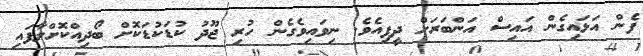
ފެން އަޅައިގެން އައިސް އަންބަރަށް ދީފިއެވެ. ނިވައިވެގެން ހުރި ޖޫދު ކުޑަކުޑަކޮށް ބޯދިއްކޮށްލާފައި